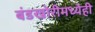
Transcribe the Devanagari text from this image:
बंडखोरीमध्येही